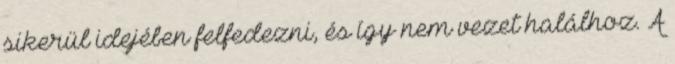
sikerül idejében felfedezni, és így nem vezet halálhoz. A